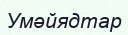
Умәйядтар